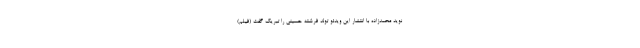
نوید محمدزاده با انتشار این ویدئو تولد فرشته حسینی را تبریک گفت (فیلم)